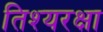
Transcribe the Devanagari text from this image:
तिश्यरक्षा